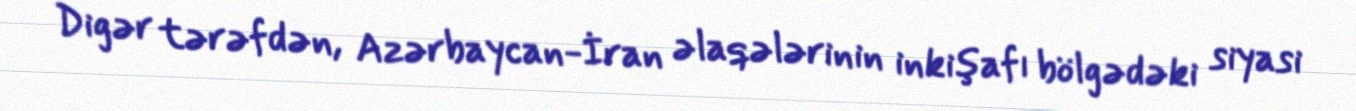
Digər tərəfdən, Azərbaycan-İran əlaqələrinin inkişafı bölgədəki siyasi